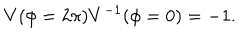
V ( \phi = 2 \pi ) V ^ { - 1 } ( \phi = 0 ) = - 1 .